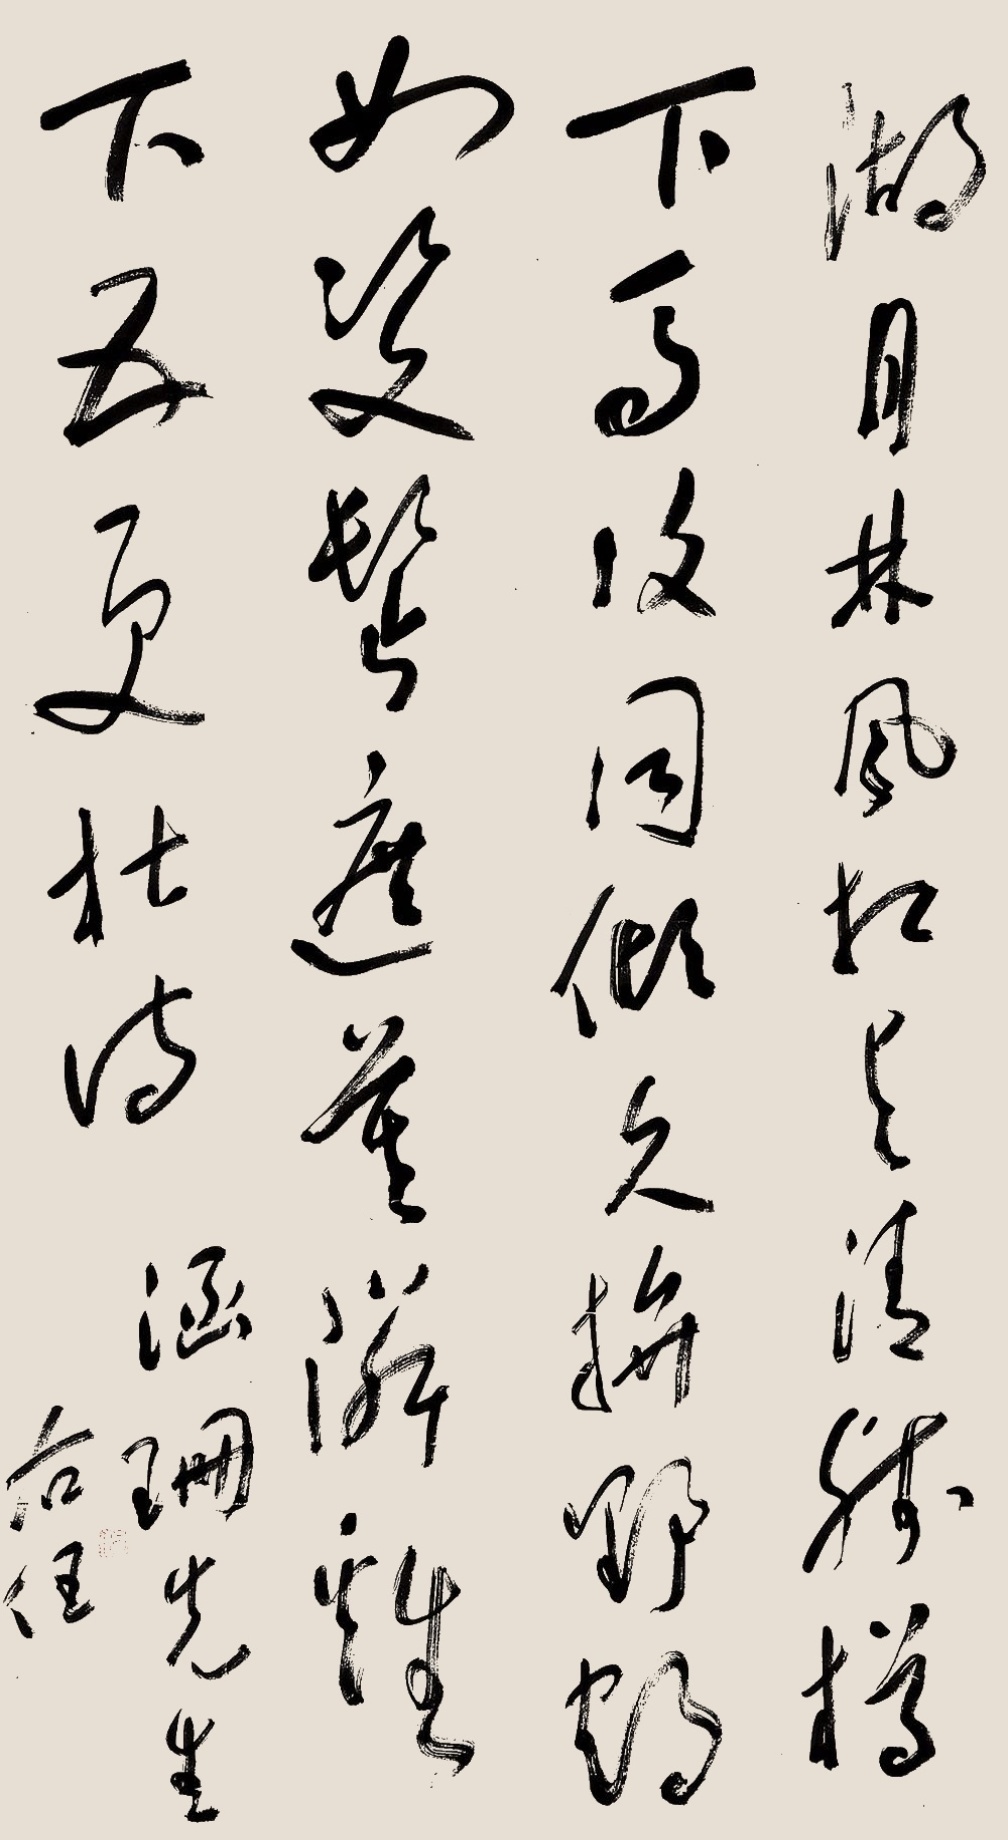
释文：湖月林风相于情，残樽下马复同倾。久弃野鹤如双鬓，遮莫邻鸡下五更。杜诗。涵珊先生，右任。